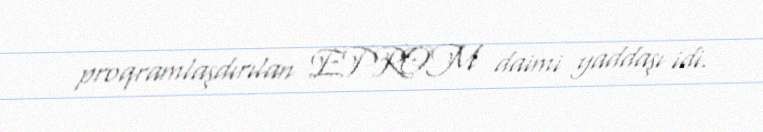
proqramlaşdırılan EPROM daimi yaddaşı idi.